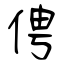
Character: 俜